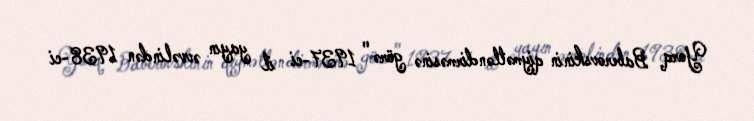
Yorq Baberovskinin qiymətləndirməsinə görə " 1937-ci il yayın əvvəlindən 1938-ci